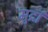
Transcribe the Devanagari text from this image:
मुद्रां